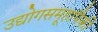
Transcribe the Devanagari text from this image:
उद्योगसमूहांपैकी